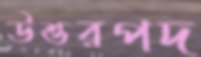
উত্তরপদ